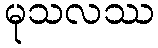
မုသလဿ